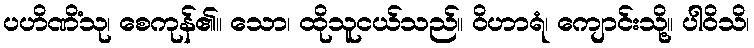
ပဟိဏိံသု၊ စေကုန်၏။ သော၊ ထိုသူငယ်သည်။ ဝိဟာရံ၊ ကျောင်းသို့။ ပါဝိသိ၊